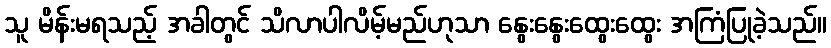
သူ မိန်းမရသည့် အခါတွင် သိလာပါလိမ့်မည်ဟုသာ နွေးနွေးထွေးထွေး အကြံပြုခဲ့သည်။